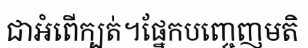
ជាអំពើក្បត់។ផ្នែកបញ្ចេញមតិ